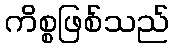
ကိစ္စဖြစ်သည်